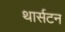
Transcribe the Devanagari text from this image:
थार्सटन